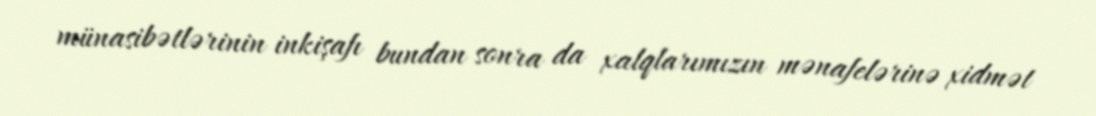
münasibətlərinin inkişafı bundan sonra da xalqlarımızın mənafelərinə xidmət